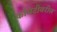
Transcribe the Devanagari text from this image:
कमिटीवरील